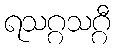
ရသဂ္ဂသဂ္ဂီ